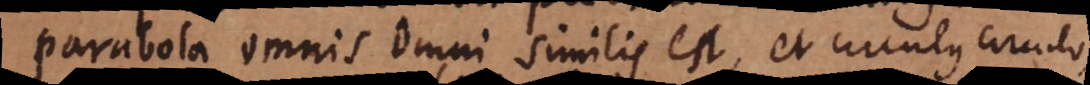
parabola omnis omni similis est, et circulus circulo,